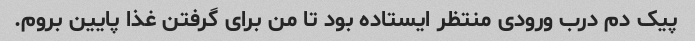
پیک دم درب ورودی منتظر ایستاده بود تا من برای گرفتن غذا پایین بروم.